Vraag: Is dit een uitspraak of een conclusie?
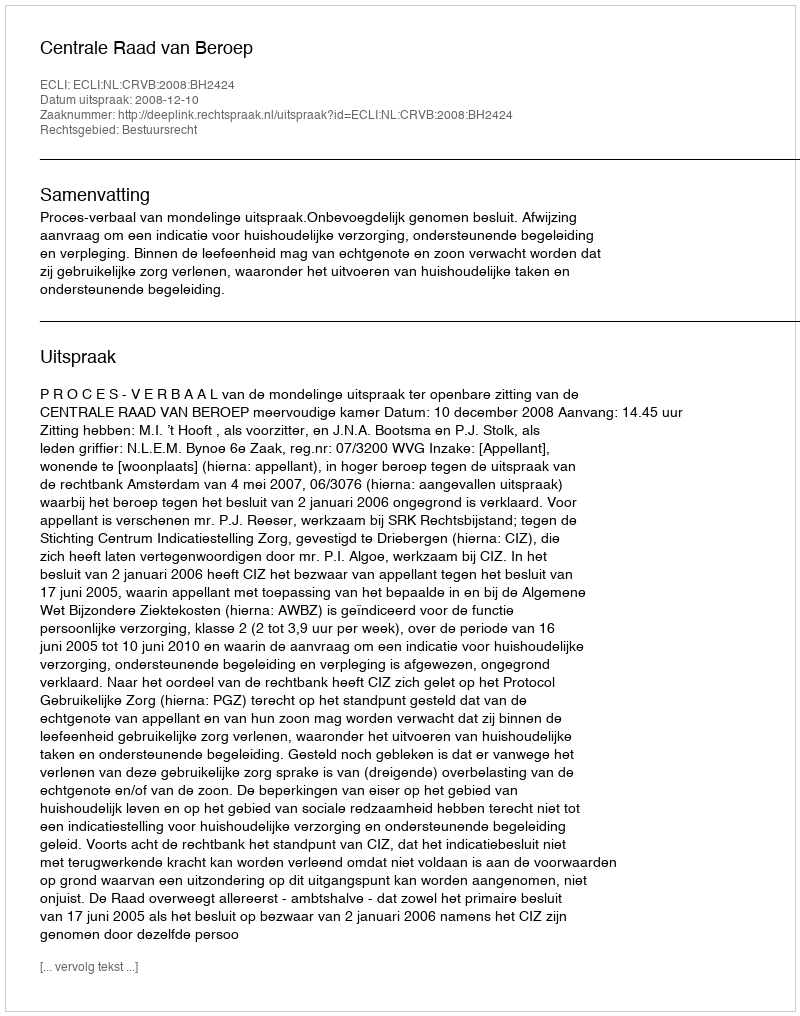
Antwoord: Uitspraak